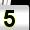
Digit: 5